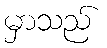
မှာသည်